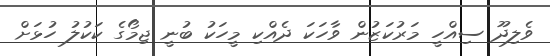
ވެލިދޫ ސިއްހީ މަރުކަޒުން ވާހަކަ ދެއްކި މީހަކު ބުނީ ޖިމޯގެ ކަކުލު ހުޅަށް